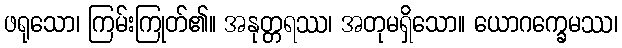
ဖရုသော၊ ကြမ်းကြုတ်၏။ အနုတ္တရဿ၊ အတုမရှိသော။ ယောဂက္ခေမဿ၊